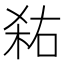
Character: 𭪎